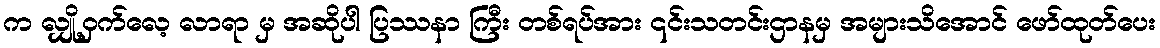
က လျှို့ဝှက်လေ့ လာရာ မှ အဆိုပါ ပြဿနာ ကြီး တစ်ရပ်အား ၎င်းသတင်းဌာနမှ အများသိအောင် ဖော်ထုတ်ပေး